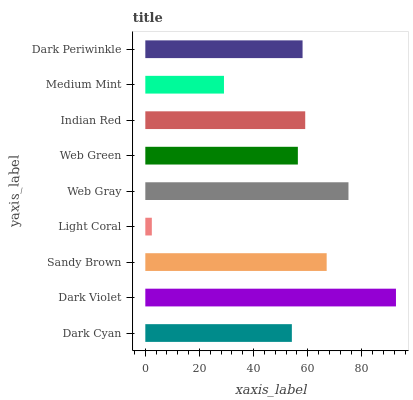
| yaxis_label | bars |
 | --- | --- |
 | Dark Cyan | 54.1 |
 | Dark Violet | 92.6 |
 | Sandy Brown | 67 |
 | Light Coral | 2.41 |
 | Web Gray | 75 |
 | Web Green | 56.4 |
 | Indian Red | 59.1 |
 | Medium Mint | 29.1 |
 | Dark Periwinkle | 58.1 |